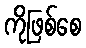
ကိုဖြစ်စေ